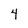
Character: 4